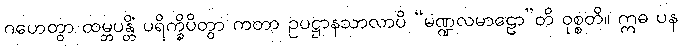
ဂဟေတွာ ထမ္ဘပန္တိံ ပရိက္ခိပိတွာ ကတာ ဥပဋ္ဌာနသာလာပိ “မဏ္ဍလမာဠော”တိ ဝုစ္စတိ။ ဣဓ ပန